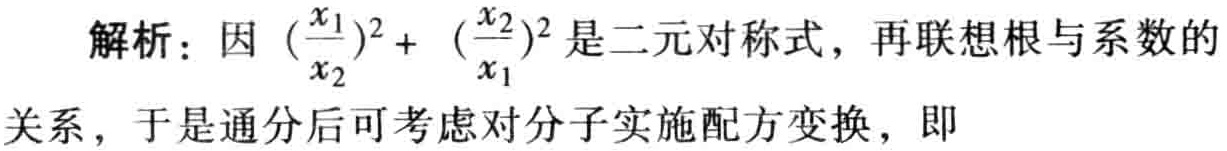
解析：因\((\frac{x_{1}}{x_{2}})^2 + (\frac{x_{2}}{x_{1}})^2\)是二元对称式，再联想根与系数的关系，于是通分后可考虑对分子实施配方变换，即